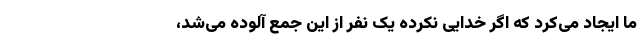
ما ایجاد می‌کرد که اگر خدایی نکرده یک نفر از این جمع آلوده می‌شد،